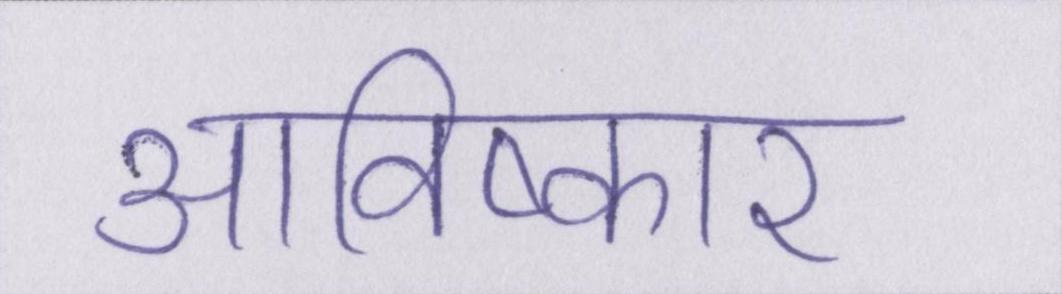
आविष्कार